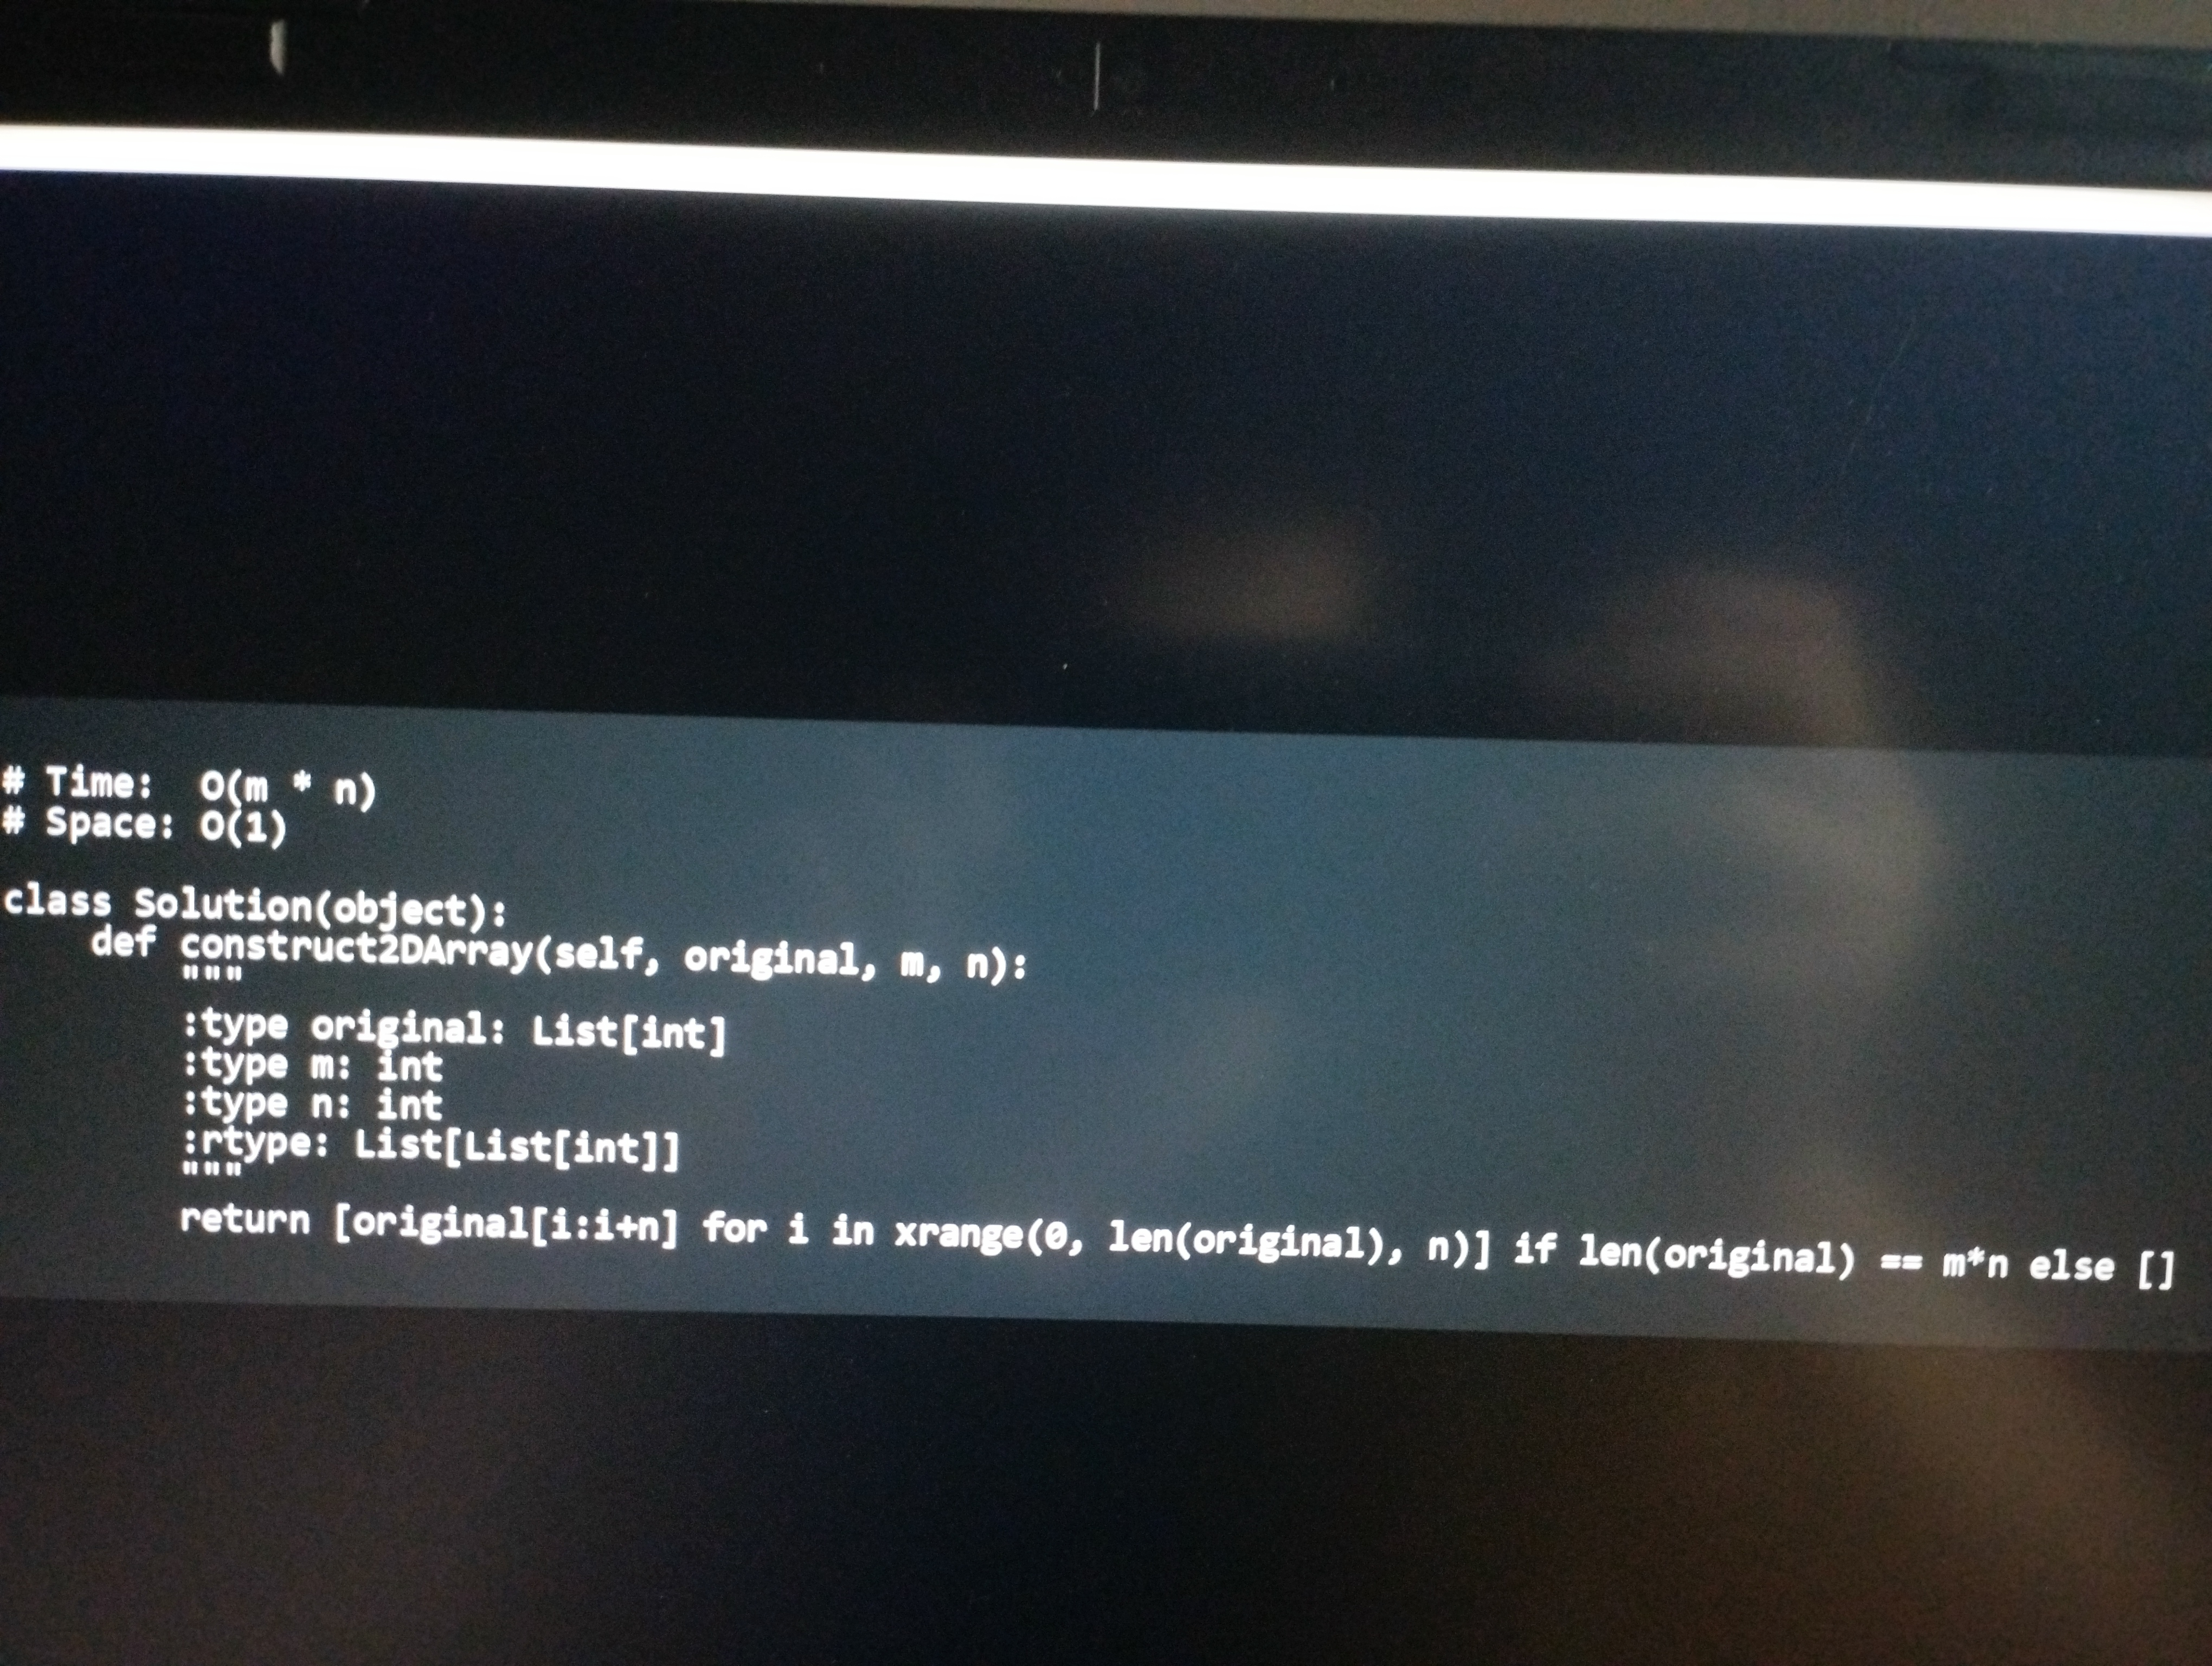
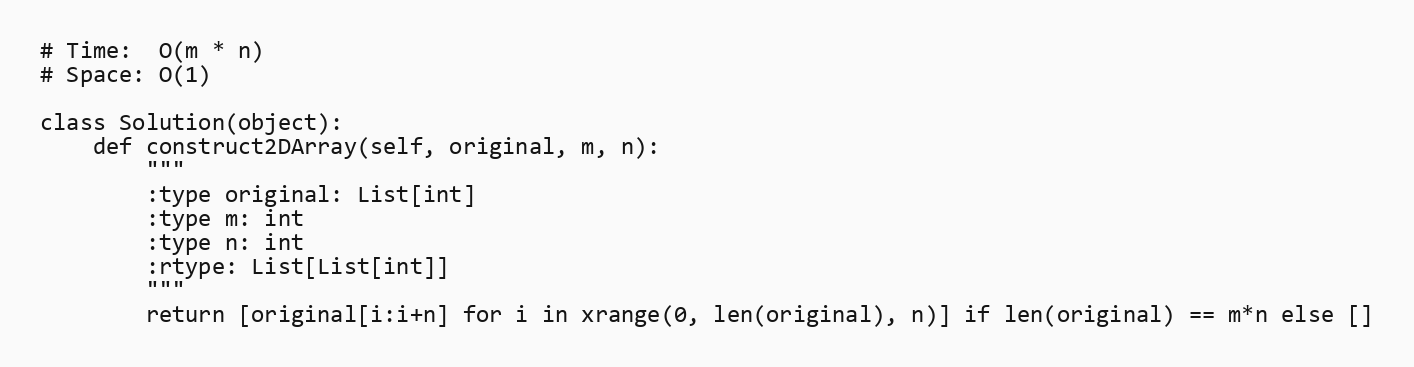
# Time:  O(m * n)
# Space: O(1)

class Solution(object):
    def construct2DArray(self, original, m, n):
        """
        :type original: List[int]
        :type m: int
        :type n: int
        :rtype: List[List[int]]
        """
        return [original[i:i+n] for i in xrange(0, len(original), n)] if len(original) == m*n else []